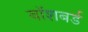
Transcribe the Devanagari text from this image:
बॉशबर्ड